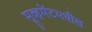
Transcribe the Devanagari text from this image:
मूव्हमेंटमधील